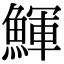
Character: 鯶